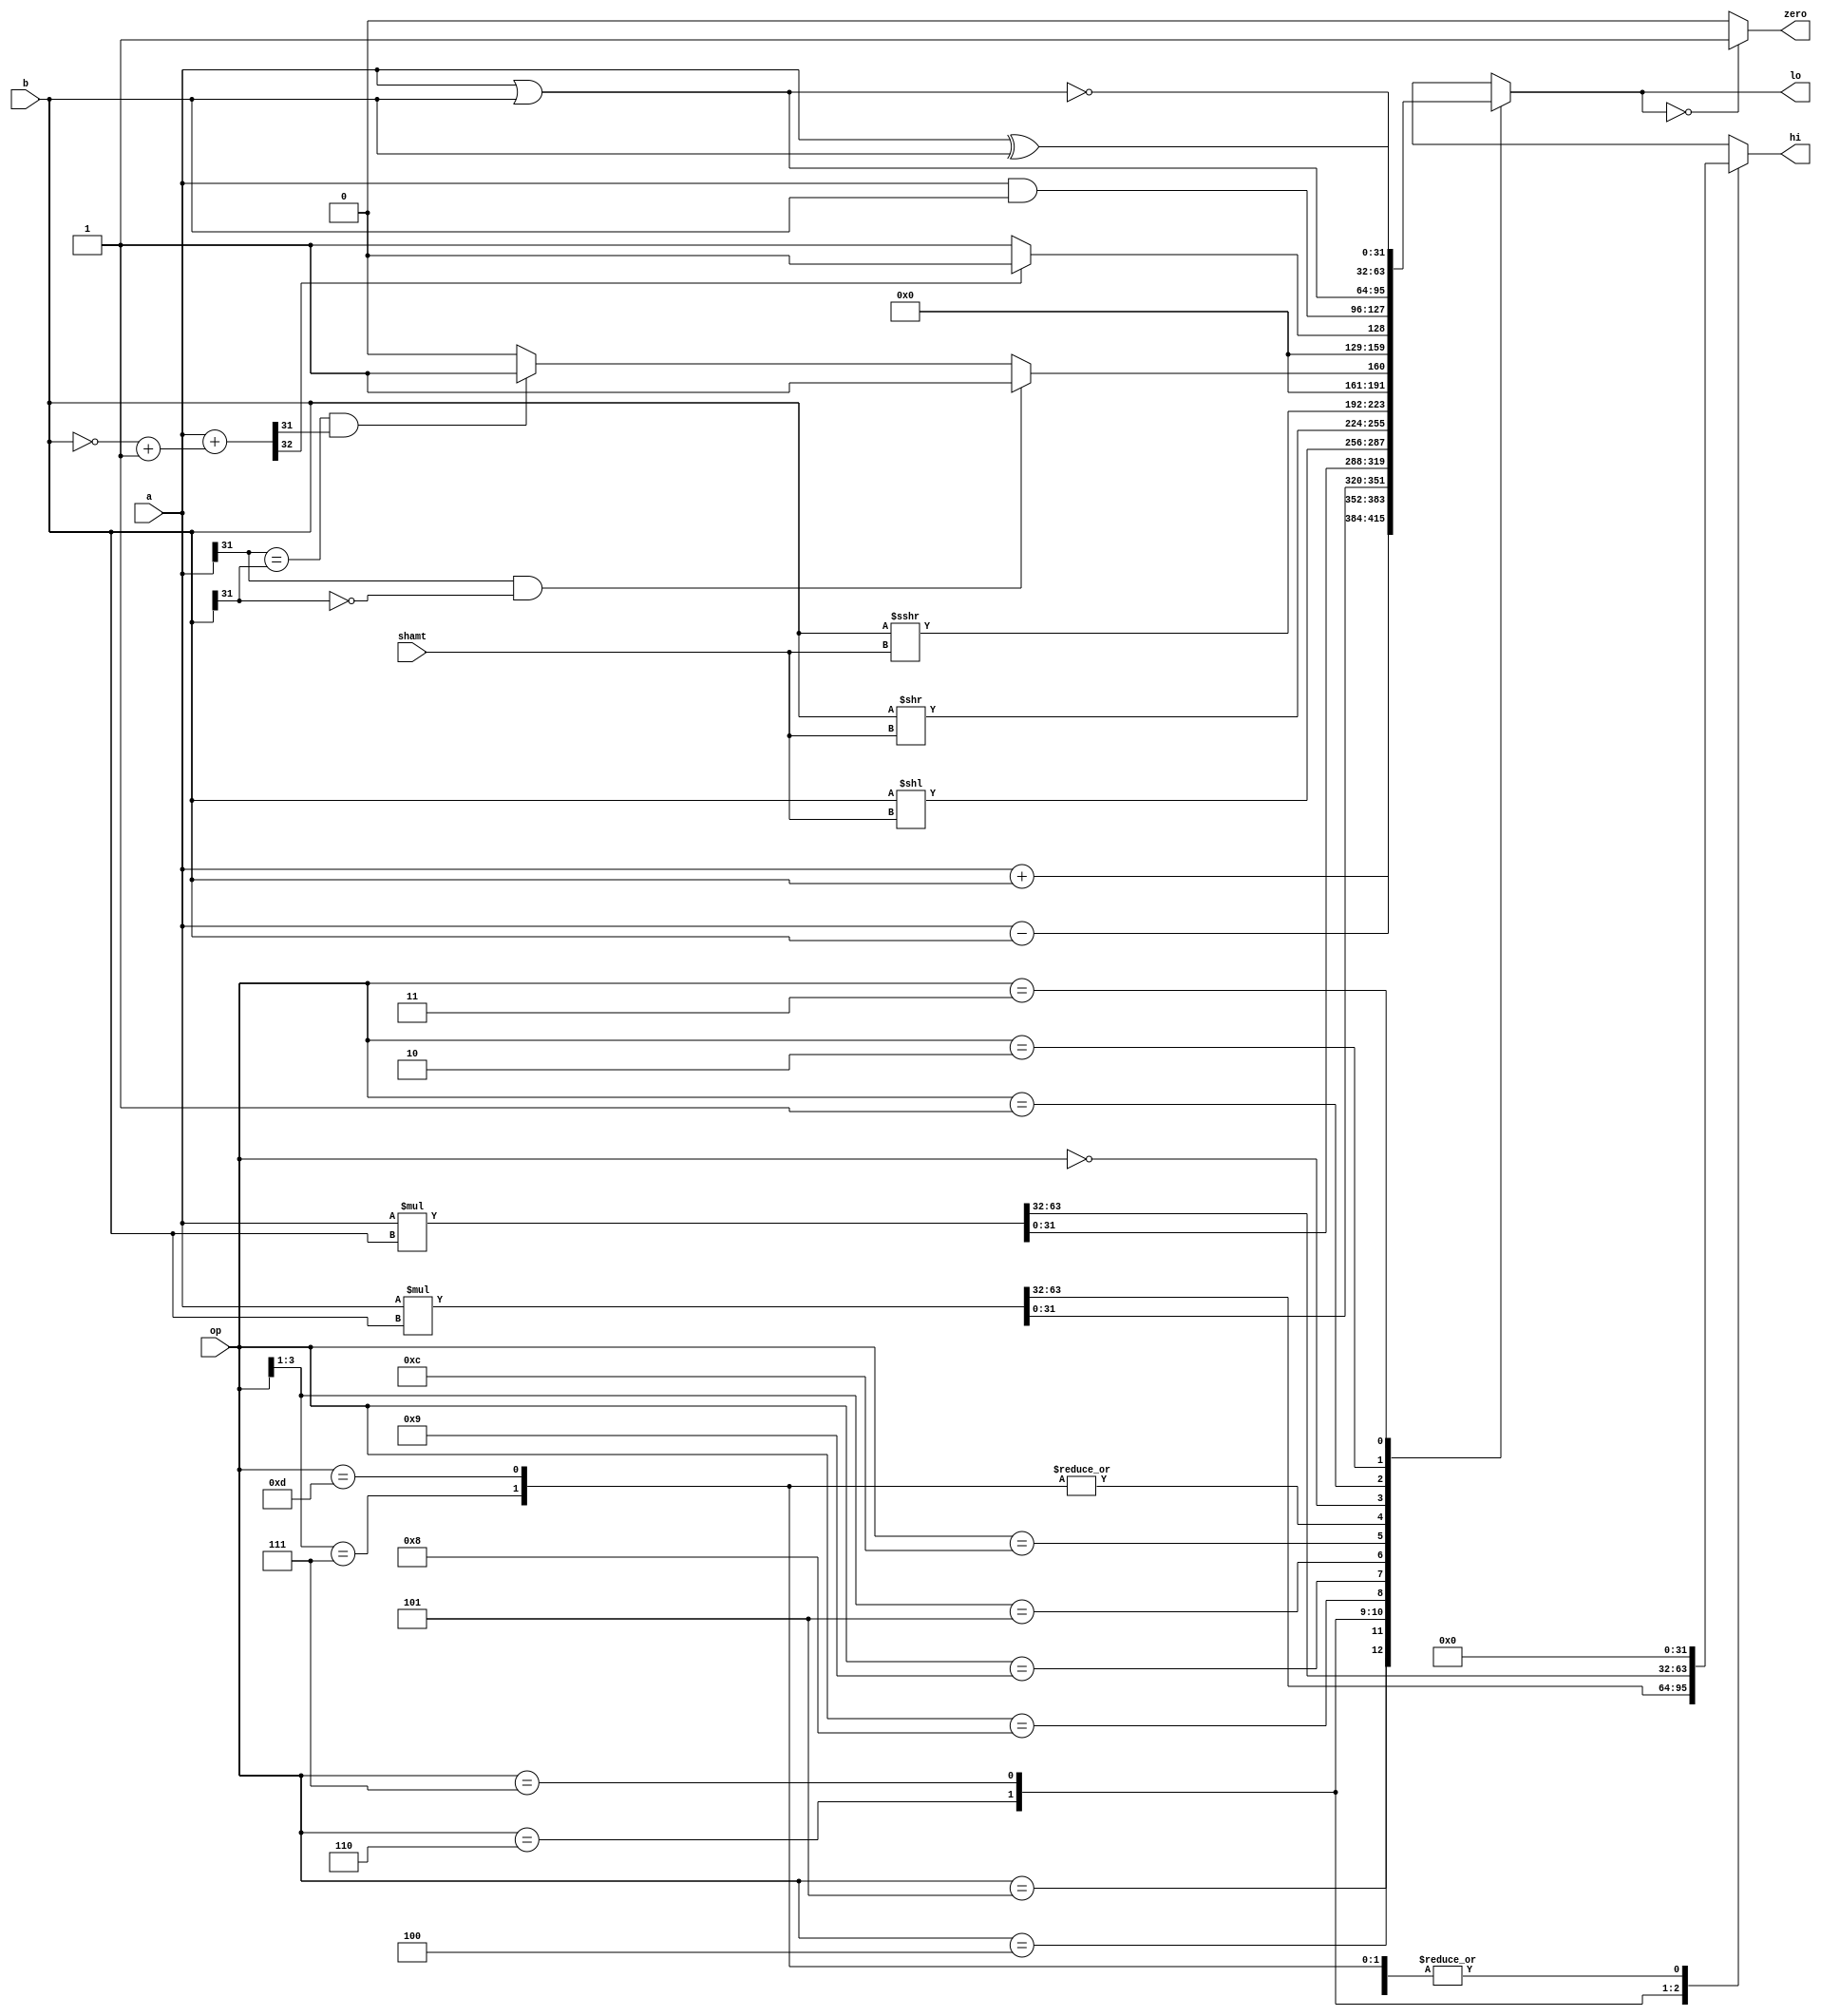
module alu (input [31:0] a,b,
		input[3:0] op,
		input [4:0] shamt,
		output reg [31:0] hi,lo,
		output zero);

/* verilator lint_off UNUSED */
wire [32:0] diff = {1'b0,a}+{1'b0,~b+32'b1};
/* verilator lint_on UNUSED */

assign zero = lo==32'd0 ? 1'b1 : 1'b0;

always @(*) begin
	hi = 32'b0;
	lo = 32'b0;

	casez (op)
		// arithmetic operations
		4'b01_00: lo = a+b; // add
		4'b01_01: lo = a-b; // sub
		
		// mult signed
		4'b01_10: {hi,lo} = $signed(a)*$signed(b);
		
		// mult unsigned
		4'b01_11: {hi,lo} = a*b;
		
		// shifter operations
		4'b10_00: lo = b << shamt; // sll
		4'b10_01: lo = b >> shamt; // srl
		4'b10_1?: lo = $signed(b) >>> shamt; //sra
		
		// comparison operations
		4'b11_00:
		if (a[31] & ~b[31])
			lo = 32'b1; // a neg, b pos
		else
			if (a[31] == b[31] & diff[31])
				// same sign, diff is neg
				lo = 32'b1;
			else lo = 32'b0;
			
		4'b11_01, 4'b11_1?:
		if (~diff[32]) lo = 32'b1; // sltu
		else lo = 32'b0;

		// logical operations
		4'b00_00: lo = a & b; // and
		4'b00_01: lo = a | b; // or
		4'b00_10: lo = ~(a | b); // nor
		4'b00_11: lo = a ^ b; // xor
	endcase
	
end // always

endmodule